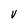
Character: V